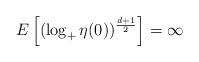
LaTeX: \begin{align*} E\left[(\log_+\eta(0))^{\frac{d+1}{2}}\right]=\infty \end{align*}